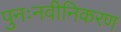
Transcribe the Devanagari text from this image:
पुनःनवीनिकरण